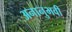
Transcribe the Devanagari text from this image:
अनानुभवी